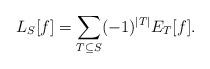
LaTeX: \begin{align*}L_S[f]=\sum_{T\subseteq S}(-1)^{|T|} E_T[f].\end{align*}